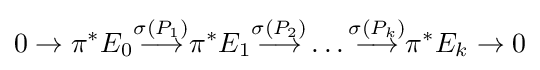
0\rightarrow \pi ^{*}E_{0}{\stackrel {\sigma (P_{1})}{\longrightarrow }}\pi ^{*}E_{1}{\stackrel {\sigma (P_{2})}{\longrightarrow }}\ldots {\stackrel {\sigma (P_{k})}{\longrightarrow }}\pi ^{*}E_{k}\rightarrow 0